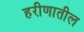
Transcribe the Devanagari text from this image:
हरीणातील